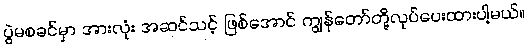
ပွဲမစခင်မှာ အားလုံး အဆင်သင့် ဖြစ်အောင် ကျွန်တော်တို့လုပ်ပေးထားပါ့မယ်။